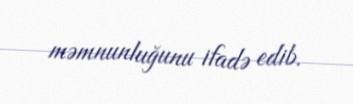
məmnunluğunu ifadə edib.